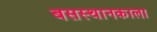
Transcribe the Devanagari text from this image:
बसस्थानकाला